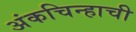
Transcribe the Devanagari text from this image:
अंकचिन्हाची